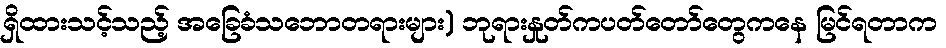
ရှိထားသင့်သည့် အခြေခံသဘောတရားများ) ဘုရားနှုတ်ကပတ်တော်တွေကနေ မြင်ရတာက